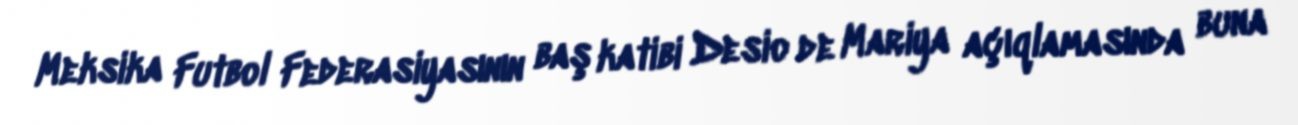
Meksika Futbol Federasiyasının baş katibi Desio de Mariya açıqlamasında buna